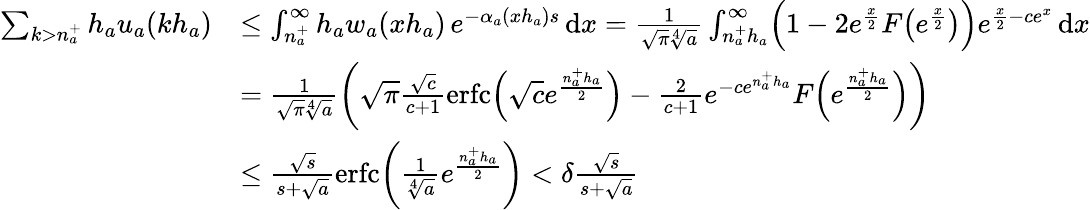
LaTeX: \begin{array}{rl}{\sum_{k>n_{a}^{+}}h_{a}u_{a}(kh_{a})}&{\leq\int_{n_{a}^{+}}^{\infty}h_{a}w_{a}(xh_{a})\, e^{-\alpha_{a}(xh_{a})s}\, \mathrm{d}x=\frac{1}{\sqrt{\pi}\sqrt[4]{a}}\int_{n_{a}^{+}h_{a}}^{\infty}\Bigl(1-2e^{\frac{x}{2}}F\bigl(e^{\frac{x}{2}}\bigr)\Bigr)e^{\frac{x}{2}-ce^{x}}\, \mathrm{d}x}\\ &{=\frac{1}{\sqrt{\pi}\sqrt[4]{a}}\left(\sqrt{\pi}\frac{\sqrt{c}}{c+1}\operatorname{erfc}\Bigl(\sqrt{c}e^{\frac{n_{a}^{+}h_{a}}{2}}\Bigr)-\frac{2}{c+1}e^{-ce^{n_{a}^{+}h_{a}}}F\Bigl(e^{\frac{n_{a}^{+}h_{a}}{2}}\Bigr)\right)}\\ &{\leq\frac{\sqrt{s}}{s+\sqrt{a}}\operatorname{erfc}\biggl(\frac{1}{\sqrt[4]{a}}e^{\frac{n_{a}^{+}h_{a}}{2}}\biggr)<\delta\frac{\sqrt{s}}{s+\sqrt{a}}}\end{array}